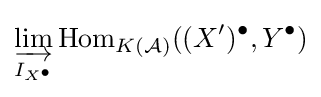
\varinjlim _{I_{X^{\bullet }}}\operatorname {Hom} _{K({\mathcal {A}})}((X')^{\bullet },Y^{\bullet })